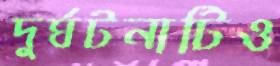
দুর্ঘটনাটিও